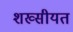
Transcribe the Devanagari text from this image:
शख्सीयत